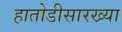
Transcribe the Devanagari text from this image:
हातोडीसारख्या